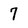
Character: 7